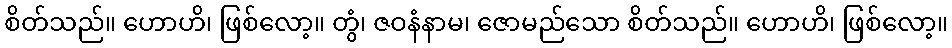
စိတ်သည်။ ဟောဟိ၊ ဖြစ်လော့။ တွံ၊ ဇဝနံနာမ၊ ဇောမည်သော စိတ်သည်။ ဟောဟိ၊ ဖြစ်လော့။